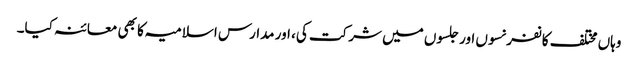
وہاں مختلف کانفرنسوں اور جلسوں میں شرکت کی، اور مدارس اسلامیہ کا بھی معائنہ کیا۔